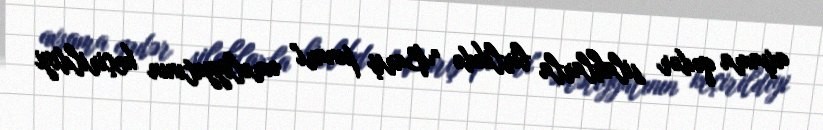
axşama qədər silahlarla birlikdə "Barış pınarı" əməliyyatının keçirildiyi